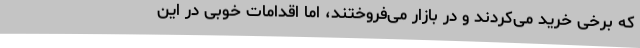
که برخی خرید می‌کردند و در بازار می‌فروختند، اما اقدامات خوبی در این